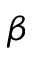
\beta